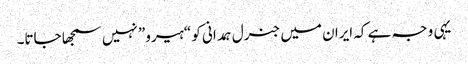
یہی وجہ ہے کہ ایران میں جنرل ہمدانی کو “ہیرو” نہیں سمجھا جاتا۔